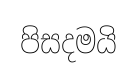
පිසදමයි